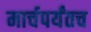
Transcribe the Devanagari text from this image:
मार्चपर्यंतच